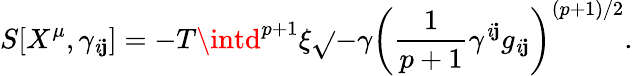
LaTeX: S[X^{\mu},\gamma_{\mathit{i}\mathbf{j}}]=-T\intd^{p+1}\xi\sqrt{}{{-\gamma}}\left(\frac{{1}}{{p+1}}\gamma^{\mathit{i}\mathbf{j}}g_{\mathit{i}\mathbf{j}}\right)^{(p+1)/2}.